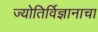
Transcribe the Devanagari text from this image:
ज्योतिर्विज्ञानाचा